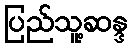
ပြည်သူ့ဆန္ဒ